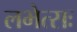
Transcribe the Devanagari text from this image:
लभेत्सः